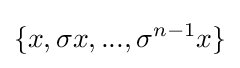
\{x,\sigma x,...,\sigma ^{n-1}x\}